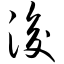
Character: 浚